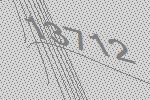
13712